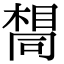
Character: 𫝛